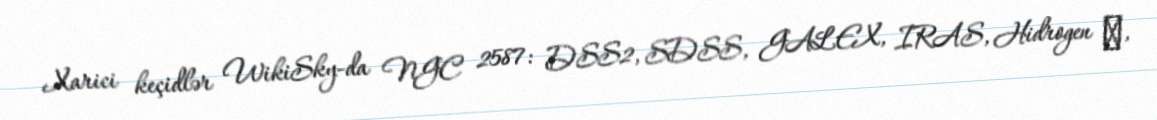
Xarici keçidlər WikiSky-da NGC 2587: DSS2, SDSS, GALEX, IRAS, Hidrogen α,